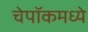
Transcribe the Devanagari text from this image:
चेपॉकमध्ये